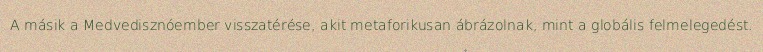
A másik a Medvedisznóember visszatérése, akit metaforikusan ábrázolnak, mint a globális felmelegedést.